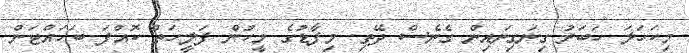
މިކަހަލަ ހަބަރު ގިނަގިނައިން ގެނެސް ދޭތި. މިފާޑުގެ މީހުން ފަލީހަތް ކޮއްފަ ބަހައްޓަން